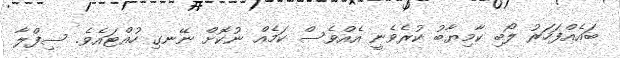
ބައެއްފަހަރު ލޯބި ކާމިޔާބު ކުރެވެނީ އެއްވެސް ކަމެއް ނުކޮށް ނޭނގި ހުއްޓައެވެ. ސިފްލާ